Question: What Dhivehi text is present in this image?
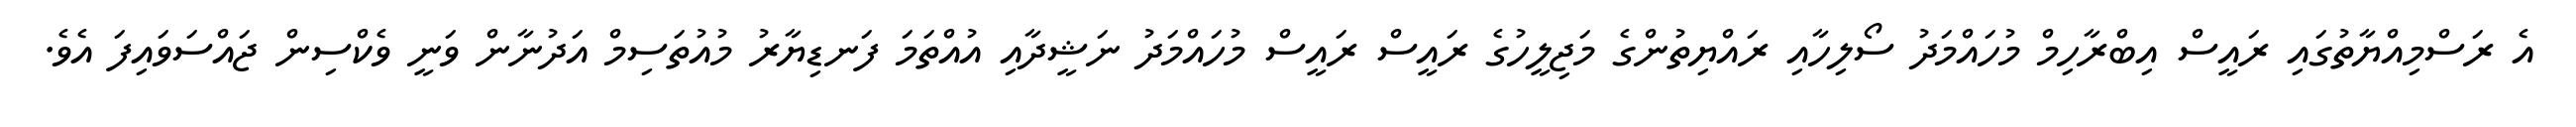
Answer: އެ ރަސްމިއްޔާތުގައި ރައީސް އިބްރާހިމް މުހައްމަދު ސޯލިހާއި ރައްޔިތުންގެ މަޖިލީހުގެ ރައީސް ރައީސް މުހައްމަދު ނަޝީދާއި އުއްތަމަ ފަނޑިޔާރު މުއުތަސިމް އަދުނާން ވަނީ ވެކްސިން ޖައްސަވައިފަ އެވެ.